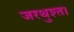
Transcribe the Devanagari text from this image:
जरथुश्त।